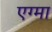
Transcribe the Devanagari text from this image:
एग्मा